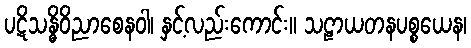
ပဋိသန္ဓိဝိညာစေနဝါ၊ နှင့်လည်းကောင်း။ သဠာယတနပစ္စယေန၊